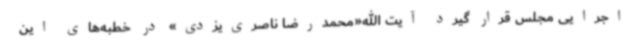
اجرایی مجلس قرار گیرد آیت الله«محمدرضا ناصری‌یزدی» در خطبه‌های این